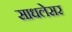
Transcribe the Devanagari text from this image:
साधलेसर